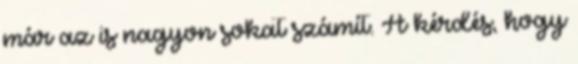
már az is nagyon sokat számít. A kérdés, hogy